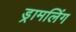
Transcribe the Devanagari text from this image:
ड्रामलिंग